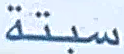
سبتة